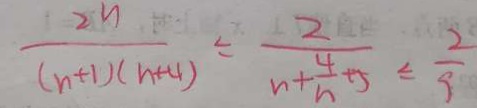
\frac { 2 n } { ( n + 1 ) ( n + 4 ) } = \frac { 2 } { n + \frac { 4 } { n } + 5 } = \frac { 2 } { 9 }